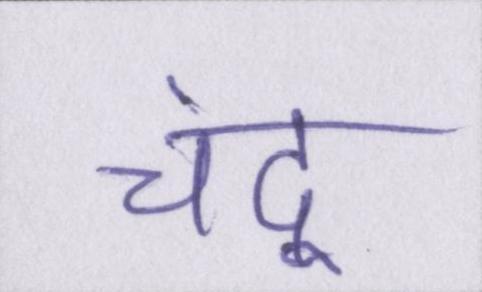
चंदू